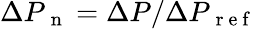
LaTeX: {\Delta P}_{\mathrm{~n~}}=\Delta P/{\Delta P}_{\mathrm{~r~e~f~}}